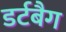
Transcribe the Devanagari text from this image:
डर्टबैग